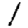
Digit: 1